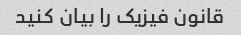
قانون فیزیک را بیان کنید